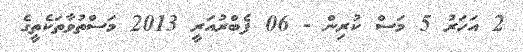
2 އަހަރު 5 މަސް ކުރިން - 06 ފެބްރުއަރީ 2013 މަސްތުވާތަކެތީގެ